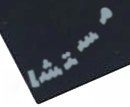
مستشار